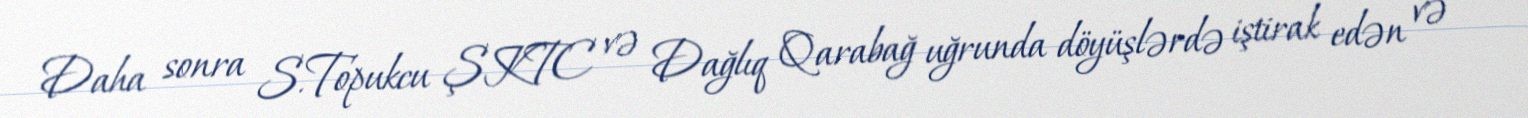
Daha sonra S.Topukcu ŞKTC və Dağlıq Qarabağ uğrunda döyüşlərdə iştirak edən və